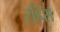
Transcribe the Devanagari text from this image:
र्‍हिस